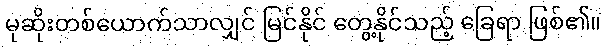
မုဆိုးတစ်ယောက်သာလျှင် မြင်နိုင် တွေ့နိုင်သည့် ခြေရာ ဖြစ်၏။